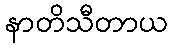
နာတိသီတာယ